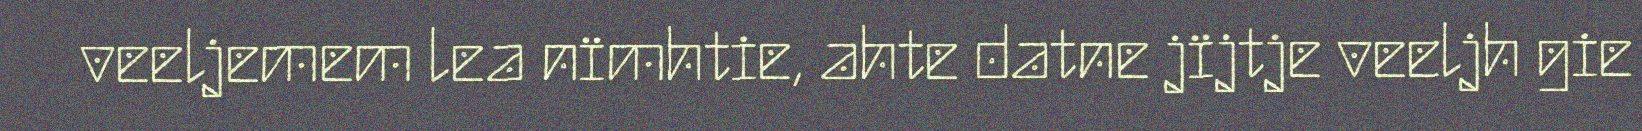
veeljemem lea nïmhtie, ahte datne jïjtje veeljh gie